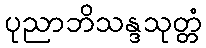
ပုညာဘိသန္ဒသုတ္တံ